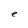
Character: e